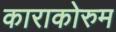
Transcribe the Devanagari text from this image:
काराकोरुम